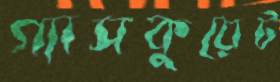
গ্যাসকুয়েট